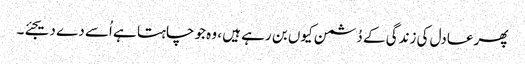
پھر عادل کی زندگی کے دُشمن کیوں بن رہے ہیں ، وہ جو چاہتا ہے اُسے دے دیجئے۔